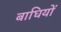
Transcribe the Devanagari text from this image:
बाघियों